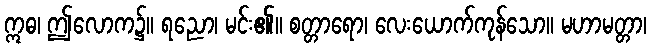
ဣဓ၊ ဤလောက၌။ ရညော၊ မင်း၏။ စတ္တာရော၊ လေးယောက်ကုန်သော။ မဟာမတ္တာ၊